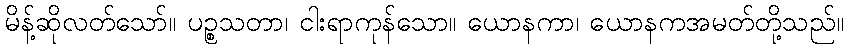
မိန့်ဆိုလတ်သော်။ ပဉ္စသတာ၊ ငါးရာကုန်သော။ ယောနကာ၊ ယောနကအမတ်တို့သည်။